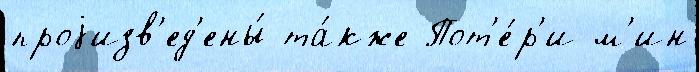
проjизв'ед'ены́ та́кже Пот'е́р'и м'ин